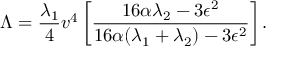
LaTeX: \Lambda = { \frac { \lambda _ { 1 } } { 4 } } v ^ { 4 } \left[ { \frac { 1 6 \alpha \lambda _ { 2 } - 3 \epsilon ^ { 2 } } { 1 6 \alpha ( \lambda _ { 1 } + \lambda _ { 2 } ) - 3 \epsilon ^ { 2 } } } \right] .